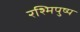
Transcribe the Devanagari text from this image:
रश्मिपुष्प